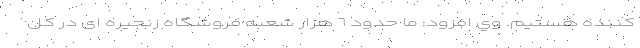
كننده هستیم. وي افزود: ما حدود ٦ هزار شعبه فروشگاه زنجیره ای در كل